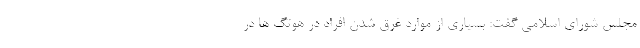
مجلس شورای اسلامی گفت: بسیاری از موارد غرق شدن افراد در هوتگ ها در